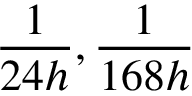
\frac { 1 } { 2 4 h } , \frac { 1 } { 1 6 8 h }